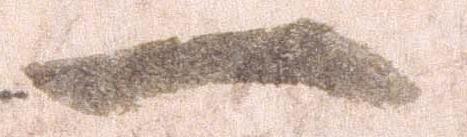
一